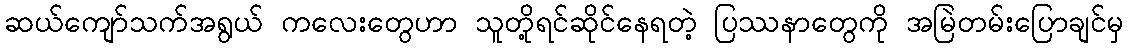
ဆယ်ကျော်သက်အရွယ် ကလေးတွေဟာ သူတို့ရင်ဆိုင်နေရတဲ့ ပြဿနာတွေကို အမြဲတမ်းပြောချင်မှ